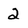
Character: 2